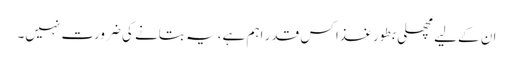
ان کےلیے مچھلی بطور غذا کس قدر اہم ہے، یہ بتانے کی ضرورت نہیں۔